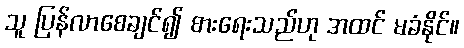
သူ ပြန်လာစေချင်၍ စားရေးသည်ဟု အထင် မခံနိုင်။